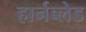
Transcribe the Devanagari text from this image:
हार्नब्लेड